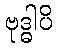
ဗုဒ္ဓါပိ